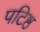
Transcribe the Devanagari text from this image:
पटिष्ठ